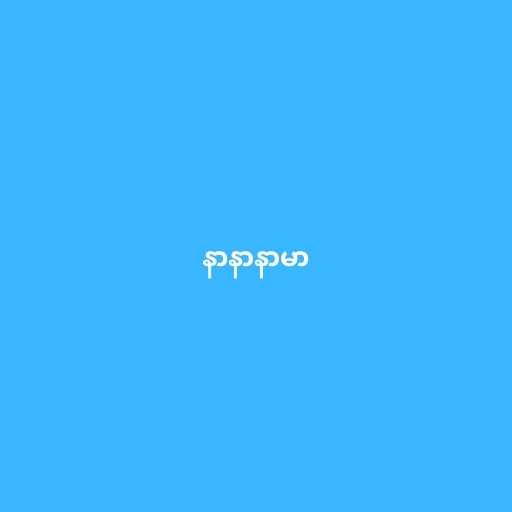
နာနာနာမာ